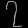
Digit: ၇